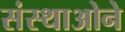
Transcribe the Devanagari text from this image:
संस्थाओने